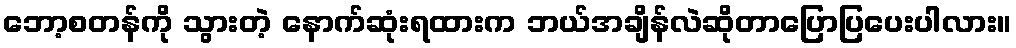
ဘော့စတန်ကို သွားတဲ့ နောက်ဆုံးရထားက ဘယ်အချိန်လဲဆိုတာပြောပြပေးပါလား။